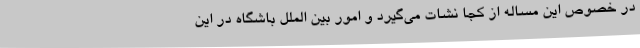
در خصوص این مساله از کجا نشات می‌گیرد و امور بین الملل باشگاه در این